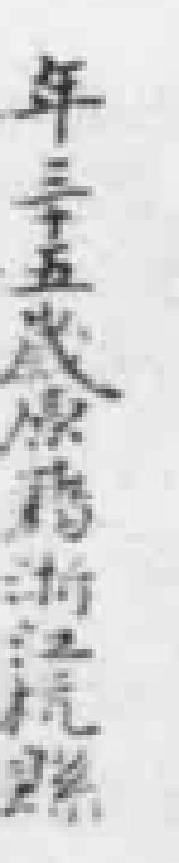
年三十五歲原籍浙江杭縣